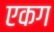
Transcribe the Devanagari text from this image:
एकग